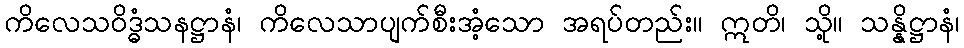
ကိလေသဝိဒ္ဓံသနဋ္ဌာနံ၊ ကိလေသာပျက်စီးအံ့သော အရပ်တည်း။ ဣတိ၊ သို့။ သန္နိဋ္ဌာနံ၊